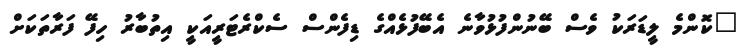
"ކޮންމެ ލީޑަރަކު ވެސް ބޭނުންފުޅުވާނެ އެބޭފުޅެއްގެ ޑިފެންސް ސެކްރެޓަރީއަކީ އިތުބާރު ހިފޭ ފަރާތަކަށް